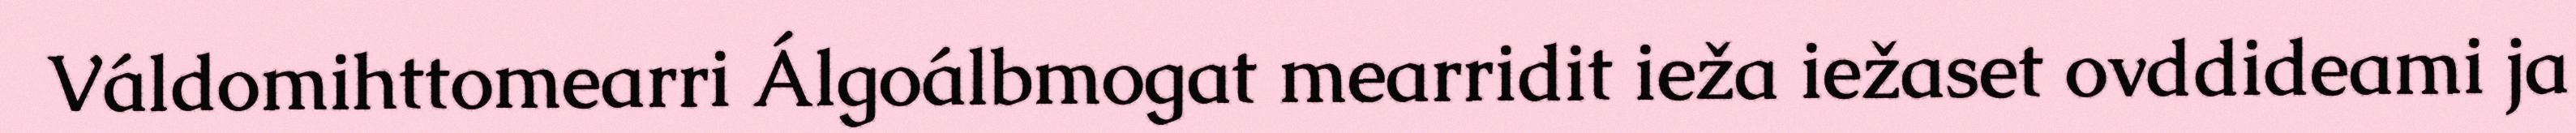
Váldomihttomearri Álgoálbmogat mearridit ieža iežaset ovddideami ja